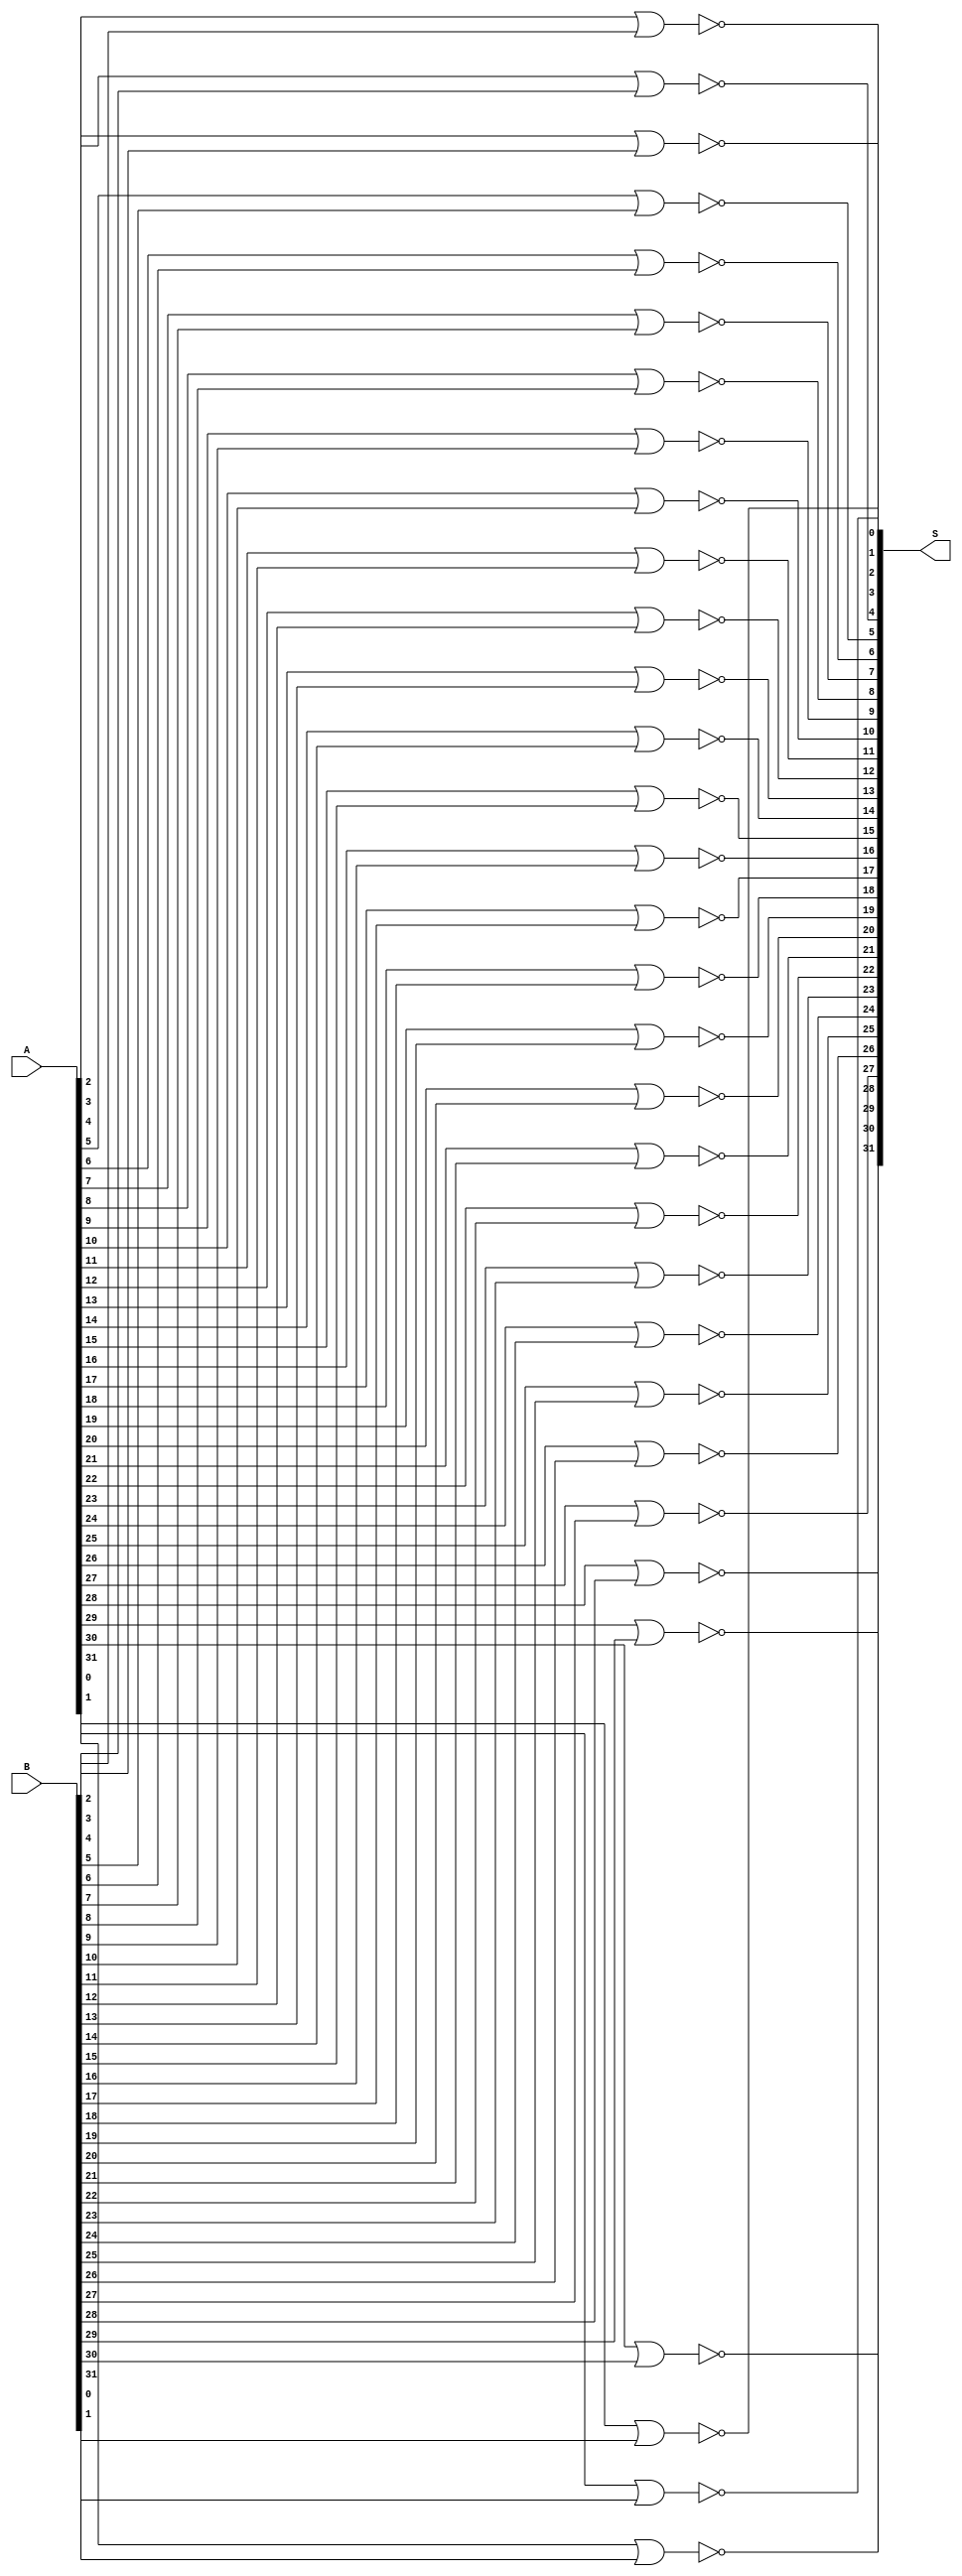
module nor_32bit(S, A, B);

input  [31:0] A,B;
output [31:0] S;



nor nor0(S[0], A[0], B[0]);
nor nor1(S[1], A[1], B[1]);
nor nor2(S[2], A[2], B[2]);

nor nor3(S[3], A[3], B[3]);
nor nor4(S[4], A[4], B[4]);
nor nor5(S[5], A[5], B[5]);

nor nor6(S[6], A[6], B[6]);
nor nor7(S[7], A[7], B[7]);
nor nor8(S[8], A[8], B[8]);

nor nor9(S[9], A[9], B[9]);
nor nor10(S[10], A[10], B[10]);
nor nor11(S[11], A[11], B[11]);

nor nor12(S[12], A[12], B[12]);
nor nor13(S[13], A[13], B[13]);
nor nor14(S[14], A[14], B[14]);

nor nor15(S[15], A[15], B[15]);
nor nor16(S[16], A[16], B[16]);
nor nor17(S[17], A[17], B[17]);

nor nor18(S[18], A[18], B[18]);
nor nor19(S[19], A[19], B[19]);
nor nor20(S[20], A[20], B[20]);

nor nor21(S[21], A[21], B[21]);
nor nor22(S[22], A[22], B[22]);
nor nor23(S[23], A[23], B[23]);

nor nor24(S[24], A[24], B[24]);
nor nor25(S[25], A[25], B[25]);
nor nor26(S[26], A[26], B[26]);

nor nor27(S[27], A[27], B[27]);
nor nor28(S[28], A[28], B[28]);
nor nor29(S[29], A[29], B[29]);

nor nor30(S[30], A[30], B[30]);
nor nor31(S[31], A[31], B[31]);

endmodule